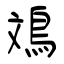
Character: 鳼